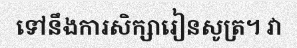
ទៅនឹងការសិក្សារៀនសូត្រ។ វា